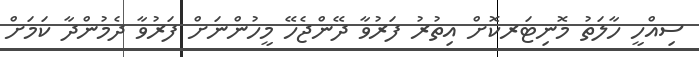
ސިއްހީ ހާލަތު މޮނިޓަރކޮށް އިތުރު ފަރުވާ ދޭންޖެހޭ މީހުންނަށް ފަރުވާ ދެމުންދާ ކަމަށް